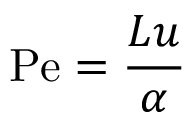
\mathrm { P e } = { \frac { L u } { \alpha } }